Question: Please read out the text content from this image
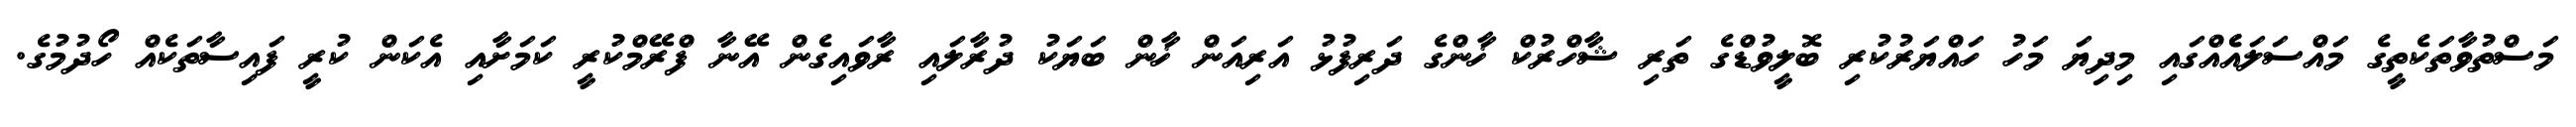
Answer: މަސްތުވާތަކެތީގެ މައްސަލައެެއްގައި މިދިޔަ މަހު ހައްޔަރުކުރި ބޮލީވުޑްގެ ތަރި ޝާހްރުކް ޚާންގެ ދަރިފުޅު އަރިއަން ޚާން ބަޔަކު ދުރާލައި ރާވައިގެން އޭނާ ފްރޭމްކުރީ ކަމަށާއި އެކަން ކުރީ ފައިސާތަކެއް ހޯދުމުގެ.